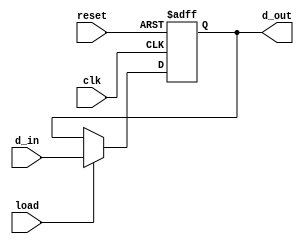
`timescale 1ns / 1ps
//////////////////////////////////////////////////////////////////////////////////
// Company: 
// Engineer: 
// 
// Design Name: 
// Module Name:    lb_8bitReg 
// Project Name: 
// Target Devices: 
// Tool versions: 
// Description: 
//
// Dependencies: 
//
// Revision: 
// Revision 0.01 - File Created
// Additional Comments: 
//
//////////////////////////////////////////////////////////////////////////////////
module lb_8bitReg(
    input clk,
    input reset,
    input [7:0] d_in,
    input load,
    output reg [7:0] d_out
    );

	always @ (posedge clk, negedge reset)
		if(!reset)
			d_out <= 8'b0000_0000;
		else if(load)
			d_out <= d_in;
			else
			d_out <= d_out;
endmodule